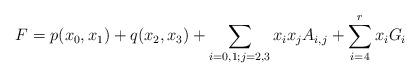
LaTeX: \begin{align*} F = p(x_{0},x_{1}) + q(x_{2},x_{3}) + \sum_{i=0,1 ; j=2,3}^{}x_{i}x_{j}A_{i,j} + \sum_{i=4}^{r}x_{i}G_{i} \end{align*}